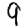
Digit: 9